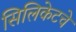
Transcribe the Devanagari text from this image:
सिलिकेटचे